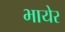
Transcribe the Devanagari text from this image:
भायेर